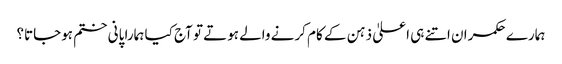
ہمارے حکمران اتنے ہی اعلیٰ ذہن کے کام کرنے والے ہوتے تو آج کیا ہمارا پانی ختم ہوجاتا؟